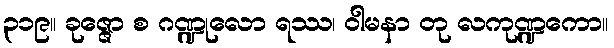
၃၁၉။ ခုဇ္ဇော စ ဂဏ္ဍုလော ရဿ၊ ဝါမနာ တု လကုဏ္ဍကော။